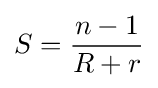
S={\frac {n-1}{R+r}}